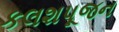
કલશપૂજન